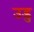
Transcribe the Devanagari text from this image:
उडु